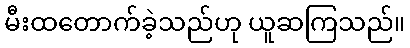
မီးထတောက်ခဲ့သည်ဟု ယူဆကြသည်။